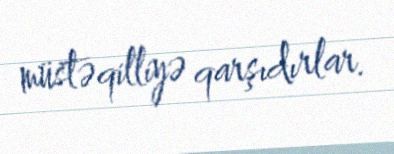
müstəqilliyə qarşıdırlar.